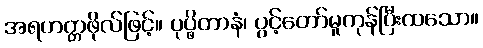
အရဟတ္တဖိုလ်ဖြင့်။ ပုပ္ဖိတာနံ၊ ပွင့်တော်မူကုန်ပြီးထသော။